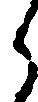
ら